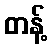
တန့်